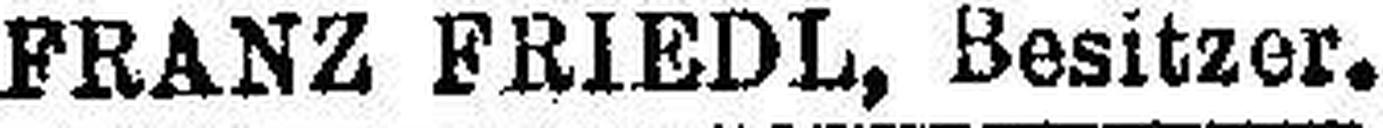
FRANZ FRIEDL, Besitzer.